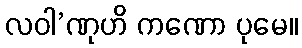
လဝါ’ဏုဟိ ကဏော ပုမေ။